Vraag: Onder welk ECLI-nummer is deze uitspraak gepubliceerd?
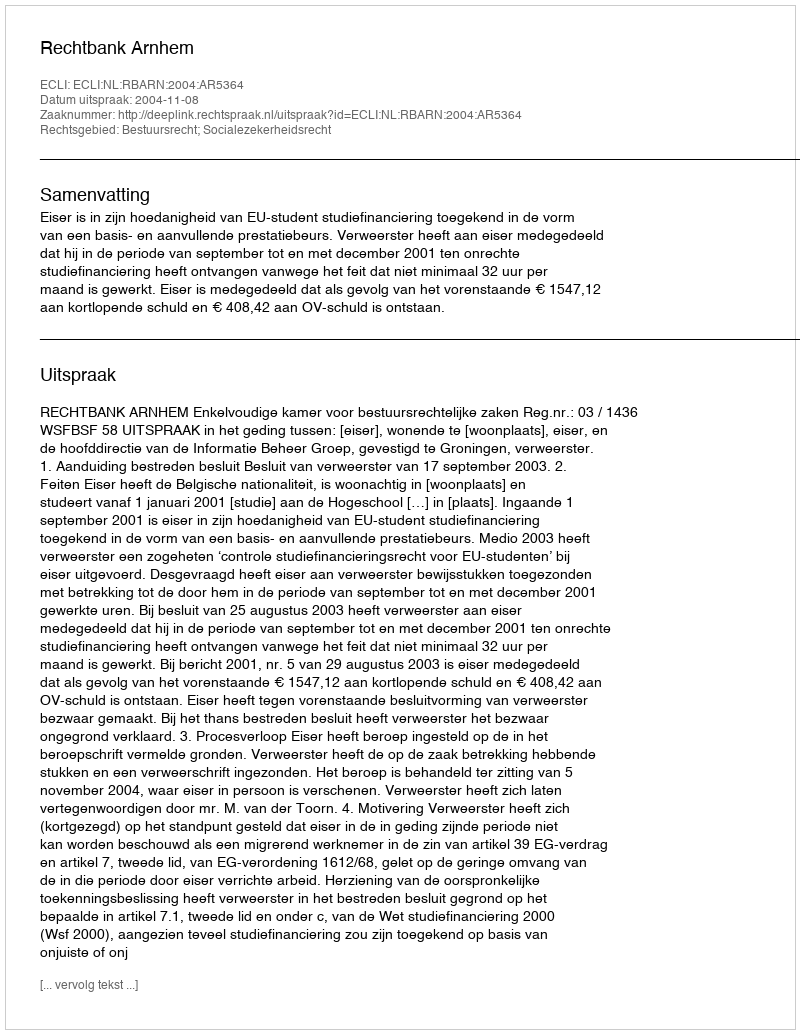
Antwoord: ECLI:NL:RBARN:2004:AR5364